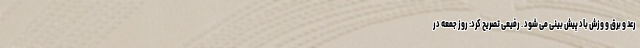
رعد و برق و وزش باد پیش بینی می شود . رفیعی تصریح کرد: روز جمعه در